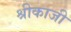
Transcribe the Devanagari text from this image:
श्रीकाजी